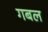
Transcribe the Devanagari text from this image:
गबल